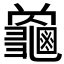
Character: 𮯜